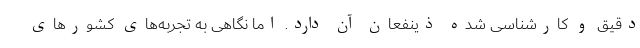
دقیق و کارشناسی شده ذینفعان آن دارد. اما نگاهی به تجربه‌های کشورهای